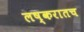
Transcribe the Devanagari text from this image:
लष्करातच